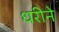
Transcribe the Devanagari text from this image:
धरीने